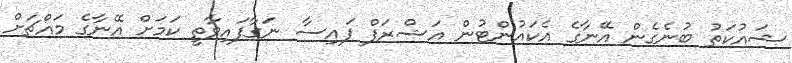
ޝައުކަތު ބުނެގެން އޭނާގެ އެކައުންޓުން އަޝްރަފް ފައިސާ ނަގާފައިވާތީ ކަމަށް އޭނާގެ މައްޗަށް